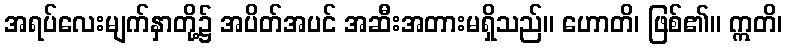
အရပ်လေးမျက်နှာတို့၌ အပိတ်အပင် အဆီးအတားမရှိသည်။ ဟောတိ၊ ဖြစ်၏။ ဣတိ၊